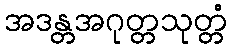
အဒန္တအဂုတ္တသုတ္တံ